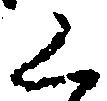
く